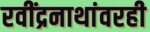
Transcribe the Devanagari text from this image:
रवींद्रनाथांवरही